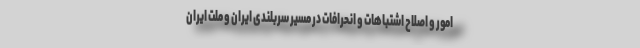
امور و اصلاح اشتباهات و انحرافات در مسیر سربلندی ایران و ملت ایران